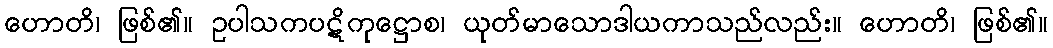
ဟောတိ၊ ဖြစ်၏။ ဥပါသကပဋိကုဋ္ဌောစ၊ ယုတ်မာသောဒါယကာသည်လည်း။ ဟောတိ၊ ဖြစ်၏။